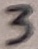
Text: 3